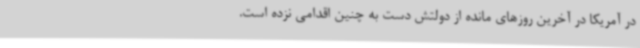
در آمریکا در آخرین روزهای مانده از دولتش دست به چنین اقدامی نزده است.